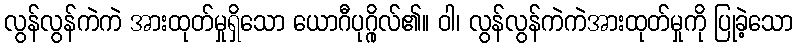
လွန်လွန်ကဲကဲ အားထုတ်မှုရှိသော ယောဂီပုဂ္ဂိုလ်၏။ ဝါ၊ လွန်လွန်ကဲကဲအားထုတ်မှုကို ပြုခဲ့သော